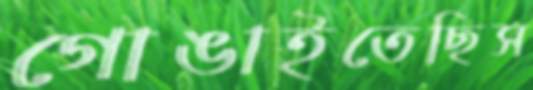
গোঙাইতেছিস